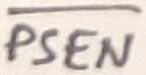
Text: PSEN